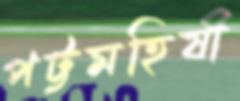
পট্টমহিষী